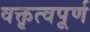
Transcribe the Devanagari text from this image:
वक्तृत्वपूर्ण